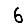
Digit: 6